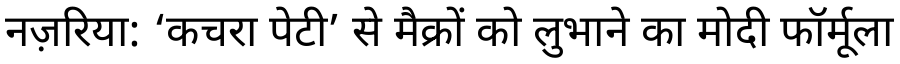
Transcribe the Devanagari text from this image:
नज़रिया: ‘कचरा पेटी’ से मैक्रों को लुभाने का मोदी फॉर्मूला